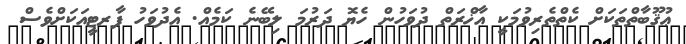
ޢުޤޫބާތްތަކަށް ކެތްތެރިވުމަކީ އާޚްރަތް ދުވަހުން ހެޔޮ ދަރުމަ ލިބޭނެ ކަމެއް. އެދުވަހު ޕާރޓީއަކަށްވެސް